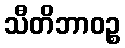
သီတိဘာဝဉ္စ